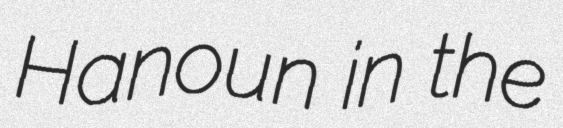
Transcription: Hanoun in the